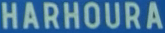
HARHOURA